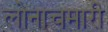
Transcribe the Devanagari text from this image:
लोनाचमारी